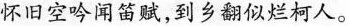
怀旧空吟闻笛赋，到乡翻似烂柯人。